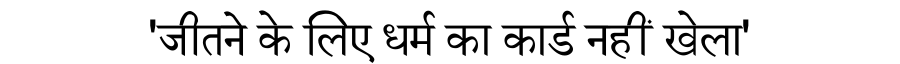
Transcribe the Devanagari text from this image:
'जीतने के लिए धर्म का कार्ड नहीं खेला'